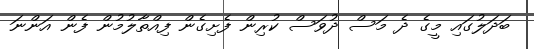
ބަދަލުގައި މީގެ ދެ މަސް ދުވަސް ކުރިން ފެށިގެން ފިއްތާލުމުން ފެން އަންނަ